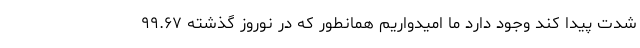
شدت پیدا کند وجود دارد ما امیدواریم همانطور که در نوروز گذشته ۹۹.۶۷